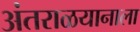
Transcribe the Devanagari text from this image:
अंतराळयानाला